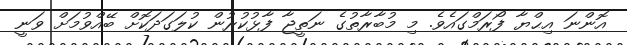
އޮންނަ އިޙްޔާ ފޯރަމްގައެވެ. މި މުބާރާތުގެ ނަތީޖާ ފާޅުކުރުން ކުލަގަދަކޮށް ބޭއްވުމަށް ވަނީ